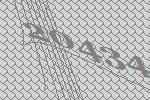
20434